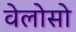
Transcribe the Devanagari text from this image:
वेलोसो